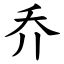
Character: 乔